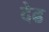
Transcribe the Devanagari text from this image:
देढ